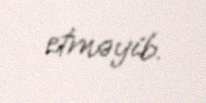
etməyib.